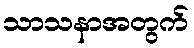
သာသနာအတွက်